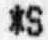
*S